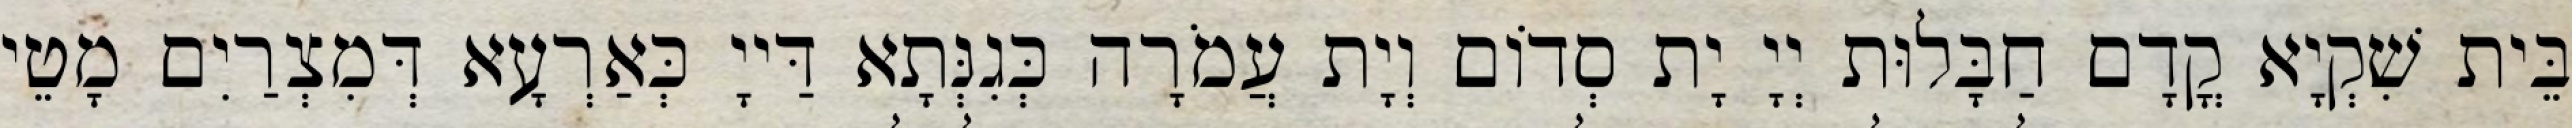
בֵּית שִׁקְיָא קֳדָם חַבָּלוּת יְיָ יָת סְדוֹם וְיָת עֲמֹרָה כְּגִנְּתָא דַּייָ כְּאַרְעָא דְּמִצְרַיִם מָטֵי